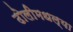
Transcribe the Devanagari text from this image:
ढोलीमधल्या